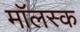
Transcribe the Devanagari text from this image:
मॉलस्क